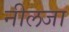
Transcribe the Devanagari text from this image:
नीलजा